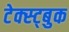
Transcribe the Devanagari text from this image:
टेक्स्ट्बुक